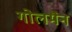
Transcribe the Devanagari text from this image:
गोलमैन